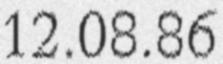
12.08.86